Lunatic asylums Central Provinces reports 1874-1885 - 1874-1885
Year: 1874
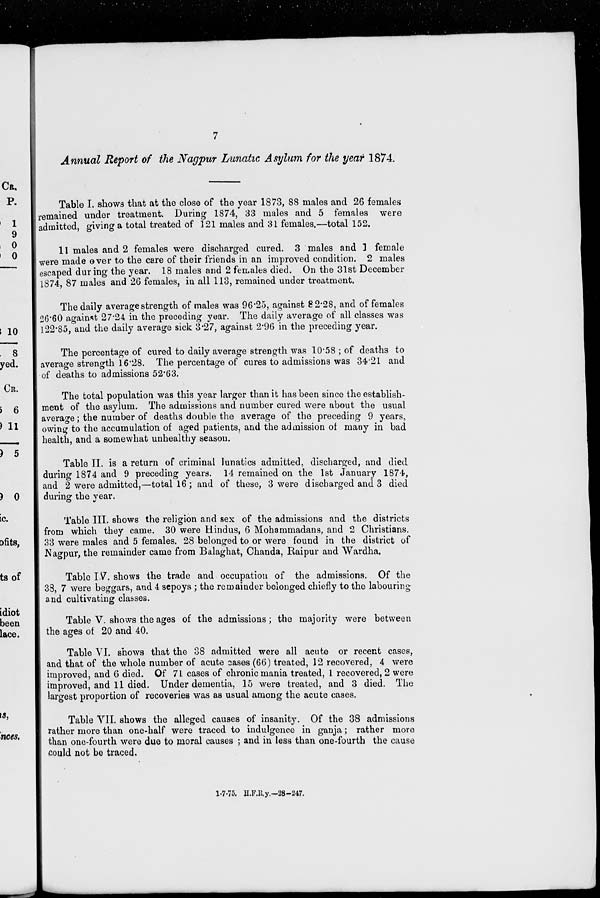
7
Annual Report of the Nagpur Lunatic Asylum for the year 1874.
Table I. shows that at the close of the year 1873, 88 males and 26 females
remained under treatment. During 1874, 33 males and 5 females were
admitted, giving a total treated of 121 males and 31 females,—total 152.
11 males and 2 females were discharged cured. 3 males and 1 female
were made over to the care of their friends in an improved condition. 2 males
escaped during the year. 18 males and 2 females died. On the 31st December
1874, 87 males and 26 females, in all 113, remained under treatment.
The daily average strength of males was 96.25, against 82.28, and of females
26.60 against 27.24 in the preceding year. The daily average of all classes was
122.85, and the daily average sick 3.27, against 2.96 in the preceding year.
The percentage of cured to daily average strength was 10.58 ; of deaths to
average strength 16.28. The percentage of cures to admissions was 34.21 and
of deaths to admissions 52.63.
The total population was this year larger than it has been since the establish-
ment of the asylum. The admissions and number cured were about the usual
average; the number of deaths double the average of the preceding 9 years,
owing to the accumulation of aged patients, and the admission of many in bad
health, and a somewhat unhealthy season.
Table II. is a return of criminal lunatics admitted, discharged, and died
during 1874 and 9 preceding years. 14 remained on the 1st January 1874,
and 2 were admitted,—total 16; and of these, 3 were discharged and 3 died
during the year.
Table III. shows the religion and sex of the admissions and the districts
from which they came. 30 were Hindus, 6 Mohammadans, and 2 Christians.
33 were males and 5 females. 28 belonged to or were found in the district of
Nagpur, the remainder came from Balaghat, Chanda, Raipur and Wardha.
Table IV. shows the trade and occupation of the admissions. Of the
38, 7 were beggars, and 4 sepoys ; the remainder belonged chiefly to the labouring
and cultivating classes.
Table V. shows the ages of the admissions; the majority were between
the ages of 20 and 40.
Table VI. shows that the 38 admitted were all acute or recent cases,
and that of the whole number of acute cases (66) treated, 12 recovered, 4 were
improved, and 6 died. Of 71 cases of chronic mania treated, 1 recovered, 2 were
improved, and 11 died. Under dementia, 15 were treated, and 3 died. The
largest proportion of recoveries was as usual among the acute cases.
Table VII. shows the alleged causes of insanity. Of the 38 admissions
rather more than one-half were traced to indulgence in ganja; rather more
than one-fourth were due to moral causes ; and in less than one-fourth the cause
could not be traced.
1-7-75. H.F.R.y.-28-247.